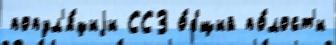
попул'я́циjи ССЗ о́бщий по́лост'и